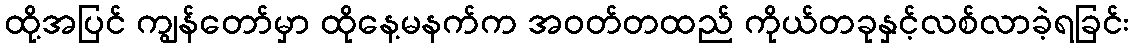
ထို့အပြင် ကျွန်တော်မှာ ထိုနေ့မနက်က အဝတ်တထည် ကိုယ်တခုနှင့်လစ်လာခဲ့ရခြင်း